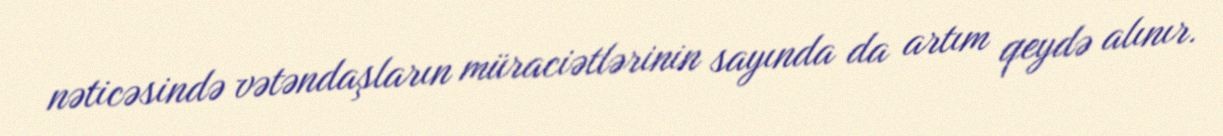
nəticəsində vətəndaşların müraciətlərinin sayında da artım qeydə alınır.